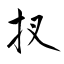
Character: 扠